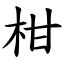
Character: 柑